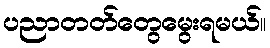
ပညာတတ်တွေမွေးရမယ်။